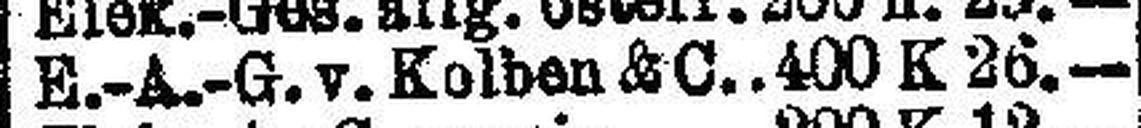
E.-A.-G. v. Kolben & C. 400 K 26.—